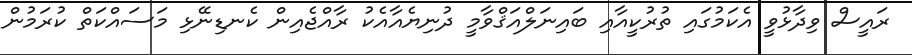
ރައީސް ވިދާޅުވީ އެކަމުގައި ތުރުކީއާއި ބައިނަލްއަޤްވާމީ ދުނިޔެއާއެކު ރާއްޖެއިން ކެނޑިނޭޅި މަސައްކަތް ކުރަމުން